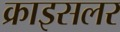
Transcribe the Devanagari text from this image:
क्राइसलर